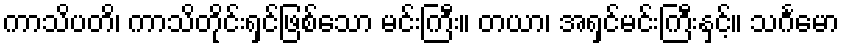
ကာသိပတိ၊ ကာသိတိုင်းရှင်ဖြစ်သော မင်းကြီး။ တယာ၊ အရှင်မင်းကြီးနှင့်။ သင်္ဂမော